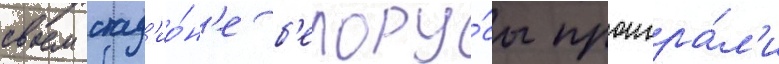
своем стад'ио́н'е б'елору́сы проигра́л'и